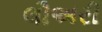
લૌઅરી